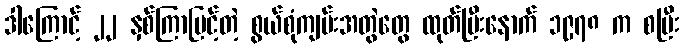
ဒါကြောင့် ၂၂ နှစ်ကြာမြင့်တဲ့ စွယ်စုံကျမ်းအတွဲတွေ ထုတ်ပြီးနောက် ၁၉၇၈ က စပြီး